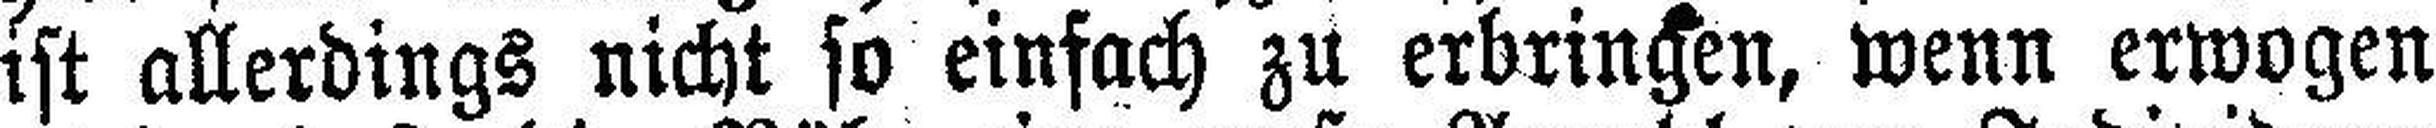
ist allerdings nicht so einfach zu erbringen, wenn erwogen